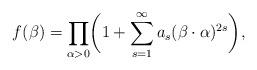
LaTeX: \begin{align*}f(\beta)= \prod_{\alpha>0} \biggl( 1 + \sum_{s=1}^\infty a_s(\beta \cdot \alpha)^{2s}\biggr),\end{align*}